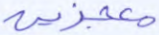
معجزين